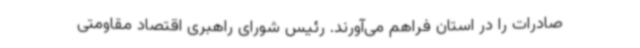
صادرات را در استان فراهم می‌آورند. رئیس شورای راهبری اقتصاد مقاومتی